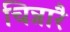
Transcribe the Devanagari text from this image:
चिन्नारै